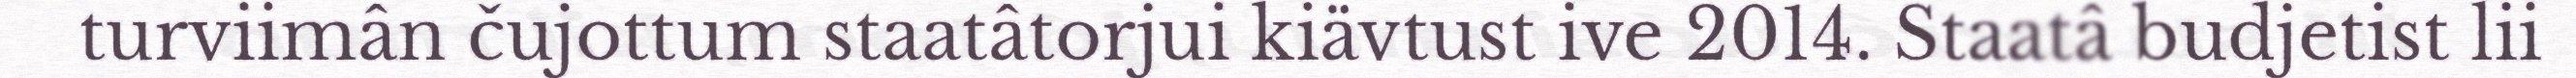
turviimân čujottum staatâtorjui kiävtust ive 2014. Staatâ budjetist lii